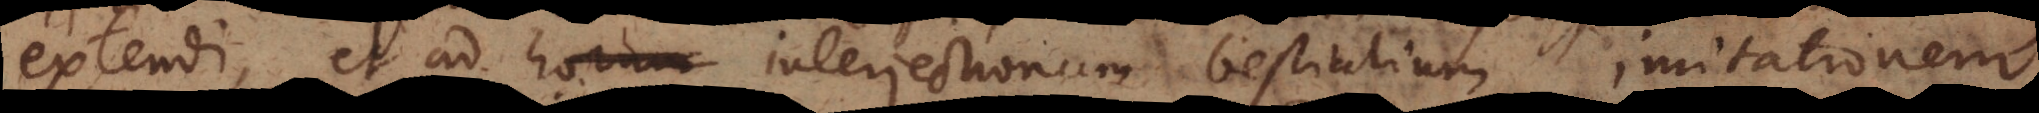
extendi, et ad interjectionum bestialium imitationem